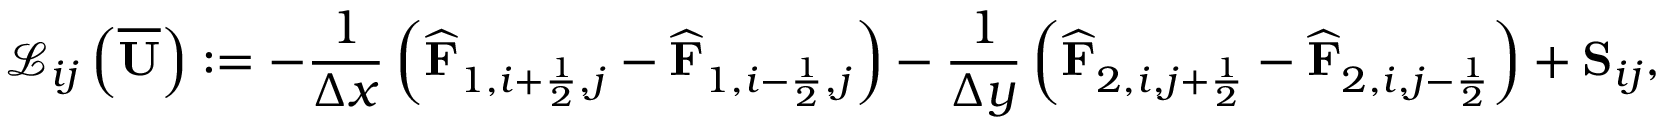
\mathcal { L } _ { i j } \left( \overline { { \mathbf { U } } } \right) : = - \frac { 1 } { \Delta x } \left( \widehat { \mathbf { F } } _ { 1 , i + \frac { 1 } { 2 } , j } - \widehat { \mathbf { F } } _ { 1 , i - \frac { 1 } { 2 } , j } \right) - \frac { 1 } { \Delta y } \left( \widehat { \mathbf { F } } _ { 2 , i , j + \frac { 1 } { 2 } } - \widehat { \mathbf { F } } _ { 2 , i , j - \frac { 1 } { 2 } } \right) + { \mathbf { S } } _ { i j } ,